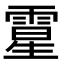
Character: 𩄆